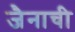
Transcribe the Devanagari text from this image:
जैनाची